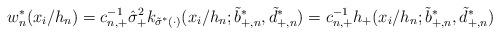
LaTeX: \begin{align*}&w_n^*(x_i/h_n)=c_{n,+}^{-1}\hat \sigma_+^2k_{\tilde\sigma^*(\cdot)}(x_i/h_n;\tilde b_{+,n}^*,\tilde d_{+,n}^*)=c_{n,+}^{-1}h_+(x_i/h_n;\tilde b_{+,n}^*,\tilde d_{+,n}^*)\end{align*}